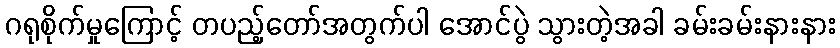
ဂရုစိုက်မှုကြောင့် တပည့်တော်အတွက်ပါ အောင်ပွဲ သွားတဲ့အခါ ခမ်းခမ်းနားနား